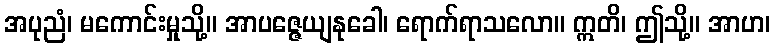
အပုညံ၊ မကောင်းမှုသို့။ အာပဇ္ဇေယျနုခေါ၊ ရောက်ရာသလော။ ဣတိ၊ ဤသို့။ အာဟ၊